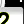
Digit: 2